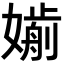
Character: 𡡸